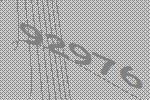
92976